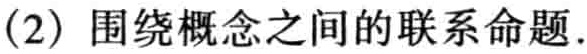
(2) 围绕概念之间的联系命题.